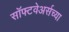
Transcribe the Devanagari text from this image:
सॉफ्टवेअर्सच्या